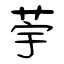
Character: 荢